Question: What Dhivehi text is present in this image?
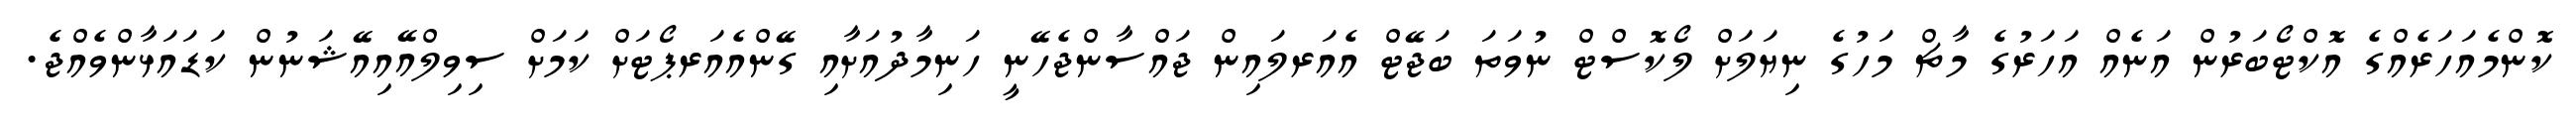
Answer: ކޮންމެއަހަރެއްގެ އޮކްޓޯބަރުން އަނެއް އަހަރުގެ މާޗް މަހުގެ ނިޔަލަށް ލޯކޮސްޓް ނުވަތަ ބަޖޭޓް އެއަރލައިން ޖައްސާންޖެހޭނީ ހަނިމާދުއަށާއި ގޭންއެއަރޕޯޓަށް ކަމަށް ސިވިލްއޭއިއޭޝަނުން ކަޑައަޅާންވެއްޖެ.